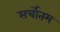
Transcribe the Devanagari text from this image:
सर्चोतम